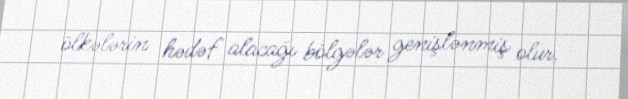
ölkələrin hədəf alacağı bölgələr genişlənmiş olur.